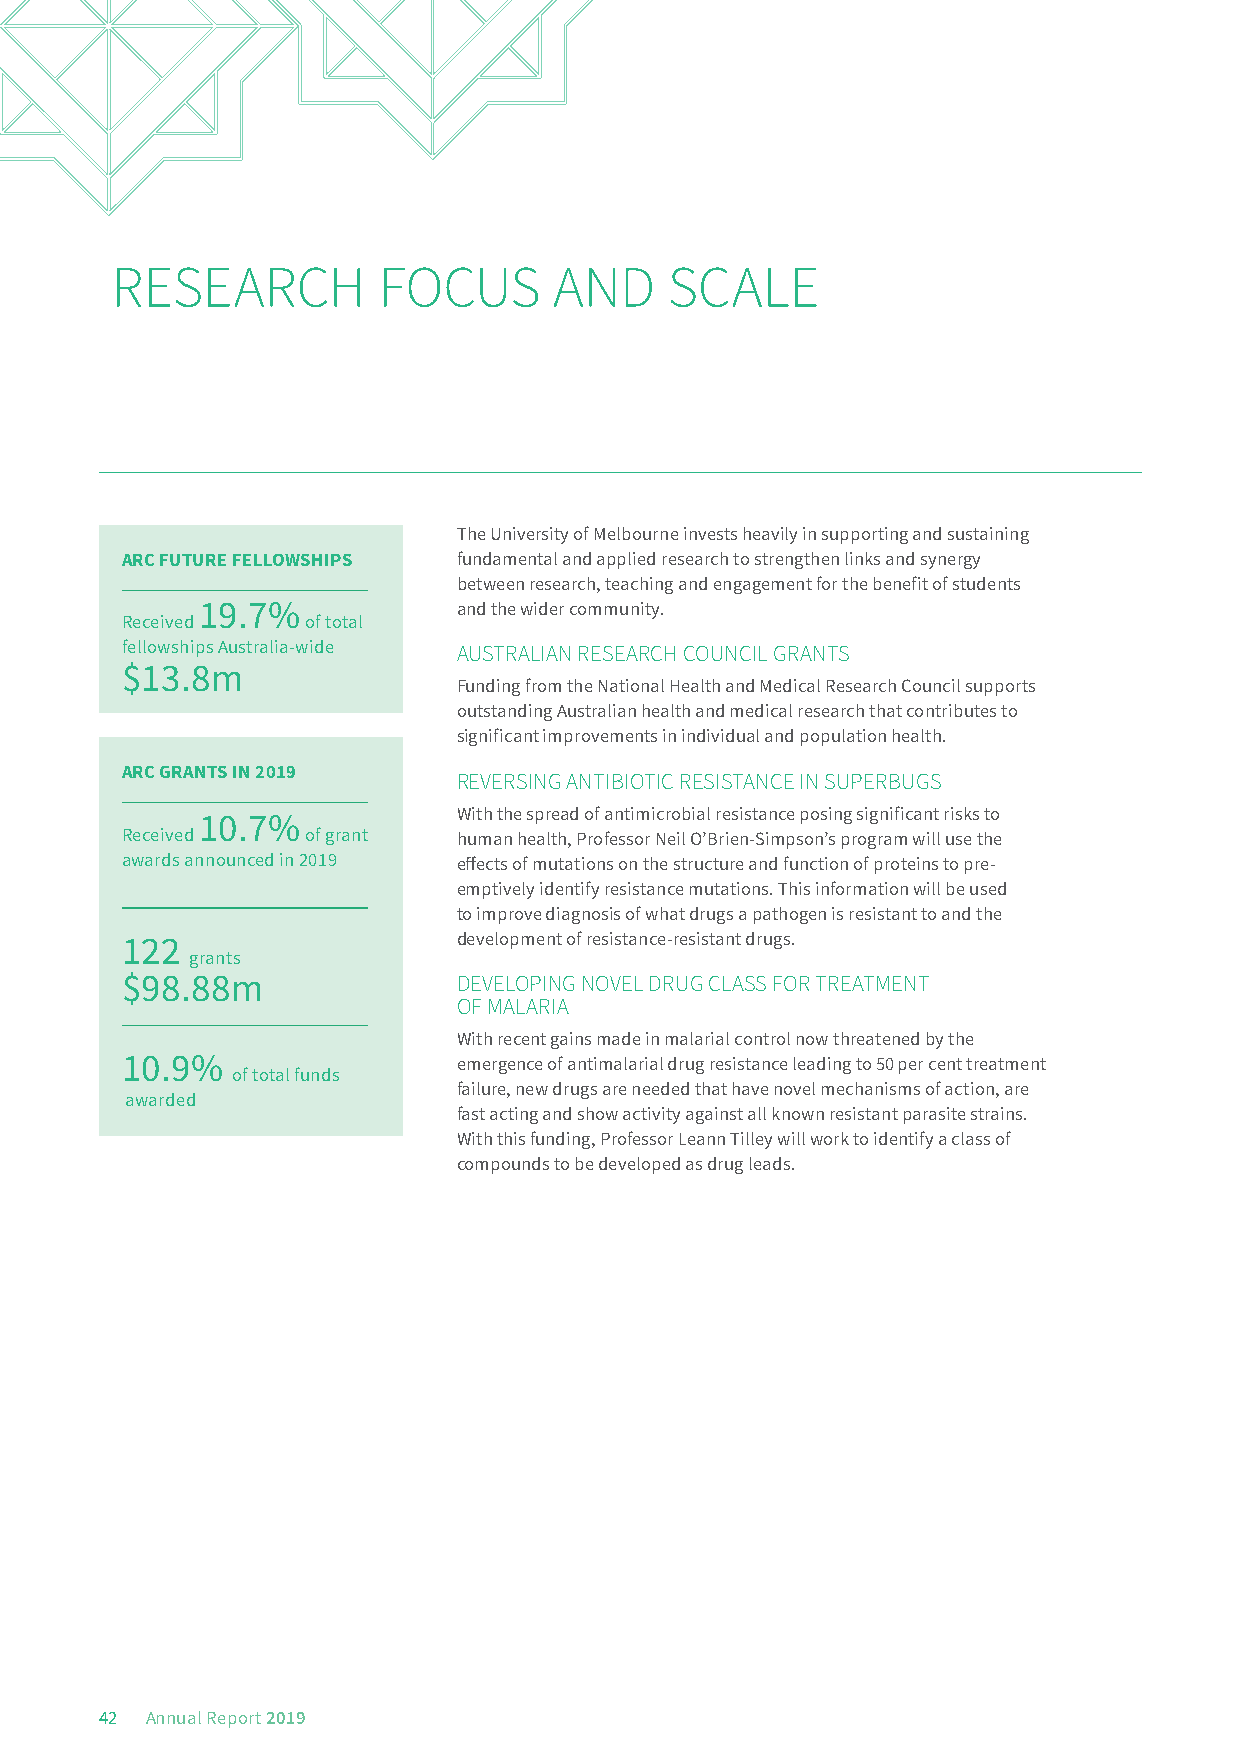
RESEARCH          FOCUS       AND    SCALE
 The University of Melbourne invests heavily in supporting and sustaining
 ARC FUTURE FELLOWSHIPS fundamental and applied research to strengthen links and synergy
 between research, teaching and engagement for the benefit of students
 19.7%            and the wider community.
 Received    of total
 fellowships Australia-wide AUSTRALIAN RESEARCH COUNCIL GRANTS
 $13.8m
 Funding from the National Health and Medical Research Council supports
 outstanding Australian health and medical research that contributes to
 significant improvements in individual and population health.
 ARC GRANTS IN 2019    REVERSING ANTIBIOTIC RESISTANCE IN SUPERBUGS
 With the spread of antimicrobial resistance posing significant risks to
 10.7%
 Received    of grant  human health, Professor Neil O’Brien-Simpson’s program will use the
 awards announced in 2019 effects of mutations on the structure and function of proteins to pre-
 emptively identify resistance mutations. This information will be used
 to improve diagnosis of what drugs a pathogen is resistant to and the
 122                   development of resistance-resistant drugs.
 grants
 $98.88m               DEVELOPING NOVEL DRUG CLASS FOR TREATMENT
 OF MALARIA
 With recent gains made in malarial control now threatened by the
 10.9%                 emergence of antimalarial drug resistance leading to 50 per cent treatment
 of total funds
 failure, new drugs are needed that have novel mechanisms of action, are
 awarded
 fast acting and show activity against all known resistant parasite strains.
 With this funding, Professor Leann Tilley will work to identify a class of
 compounds to be developed as drug leads.
 42 Annual Report 2019